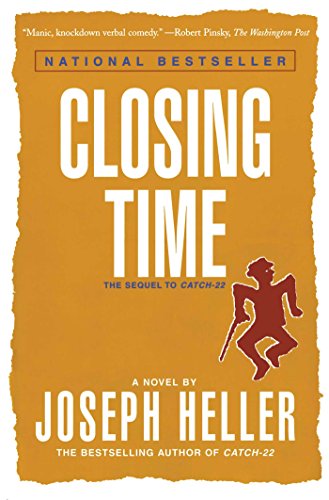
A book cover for Closing Time: The Sequel to Catch-22; Joseph Heller; Literature & Fiction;